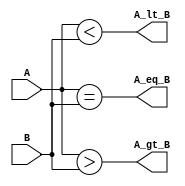
//Module magnitude comparator
module magnitude_comparator(A_gt_B, A_lt_B, A_eq_B, A, B);

//Comparison output
output A_gt_B, A_lt_B, A_eq_B;

//4 bits numbers input
input [3:0] A, B;

assign A_gt_B = (A > B); //A greater than B
assign A_lt_B = (A < B); //A less than B
assign A_eq_B = (A == B); //A equal to B

endmodule